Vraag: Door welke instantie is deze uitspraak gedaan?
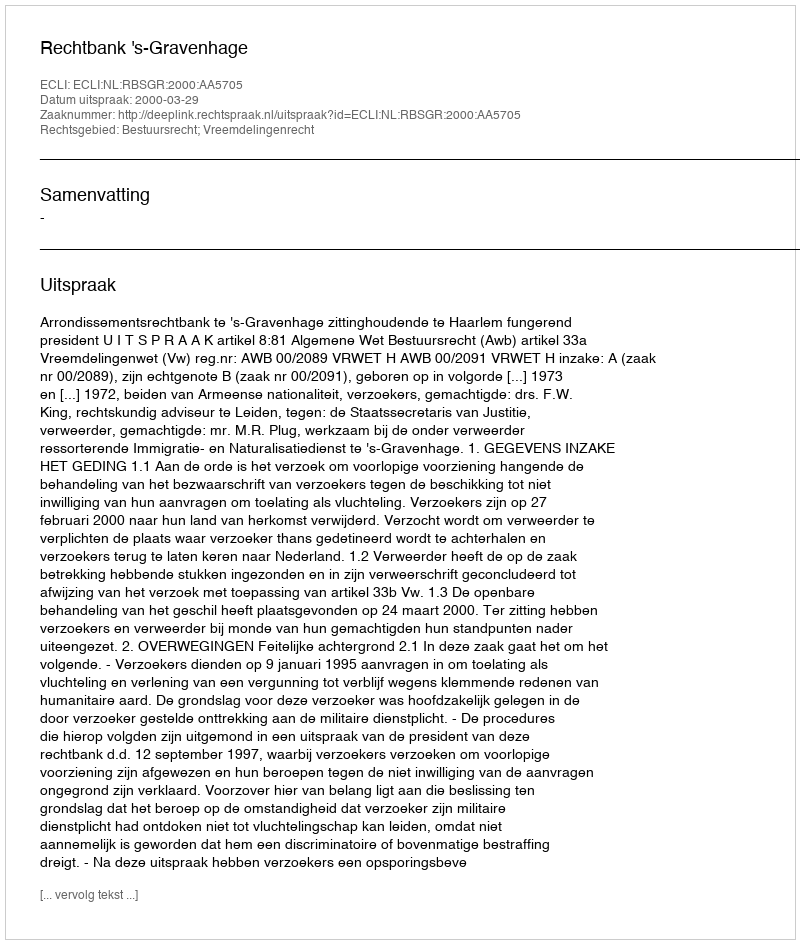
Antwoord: Rechtbank 's-Gravenhage